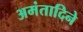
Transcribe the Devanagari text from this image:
अमंतादिने